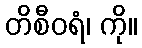
တိစီဝရံ၊ ကို။